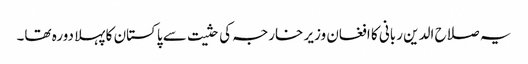
یہ صلاح الدین ربانی کا افغان وزیر خارجہ کی حثیت سے پاکستان کا پہلا دورہ تھا۔